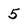
Character: 5